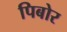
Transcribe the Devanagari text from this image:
पिबोर